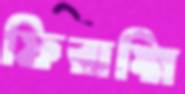
ফিরাঙ্গি